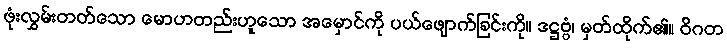
ဖုံးလွှမ်းတတ်သော မောဟတည်းဟူသော အမှောင်ကို ပယ်ဖျောက်ခြင်းကို။ ဒဋ္ဌဗ္ဗံ၊ မှတ်ထိုက်၏။ ဝိဂတ